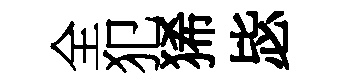
全犯狶毖